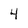
Character: 4